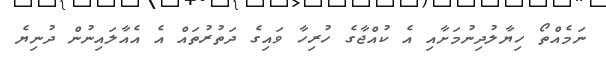
ނަމެއްތޯ ހިޔާލުދިނުމަށާއި އެ ކުއްޖާގެ ހުރިހާ ވައިގެ ދަތުރުތައް އެ އެއާލައިނުން ދުނިޔެ